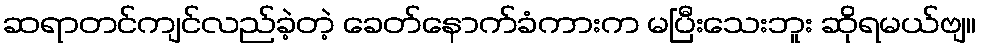
ဆရာတင်ကျင်လည်ခဲ့တဲ့ ခေတ်နောက်ခံကားက မပြီးသေးဘူး ဆိုရမယ်ဗျ။